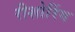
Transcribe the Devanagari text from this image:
रीशोरिंग